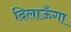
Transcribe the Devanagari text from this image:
दिलाऊँगा